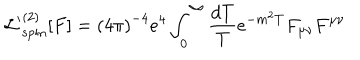
{ \cal L ^ { \prime } } _ { \mathrm { s p i n } } ^ { ( 2 ) } [ F ] = { ( 4 \pi ) } ^ { - 4 } e ^ { 4 } \int _ { 0 } ^ { \infty } { \frac { d T } { T } } e ^ { - m ^ { 2 } T } F _ { \mu \nu } F ^ { \mu \nu }